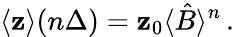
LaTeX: \langle{\mathbf z}\rangle(n\Delta)={\mathbf z}_{0}\langle\hat{B}\rangle^{n}\, .